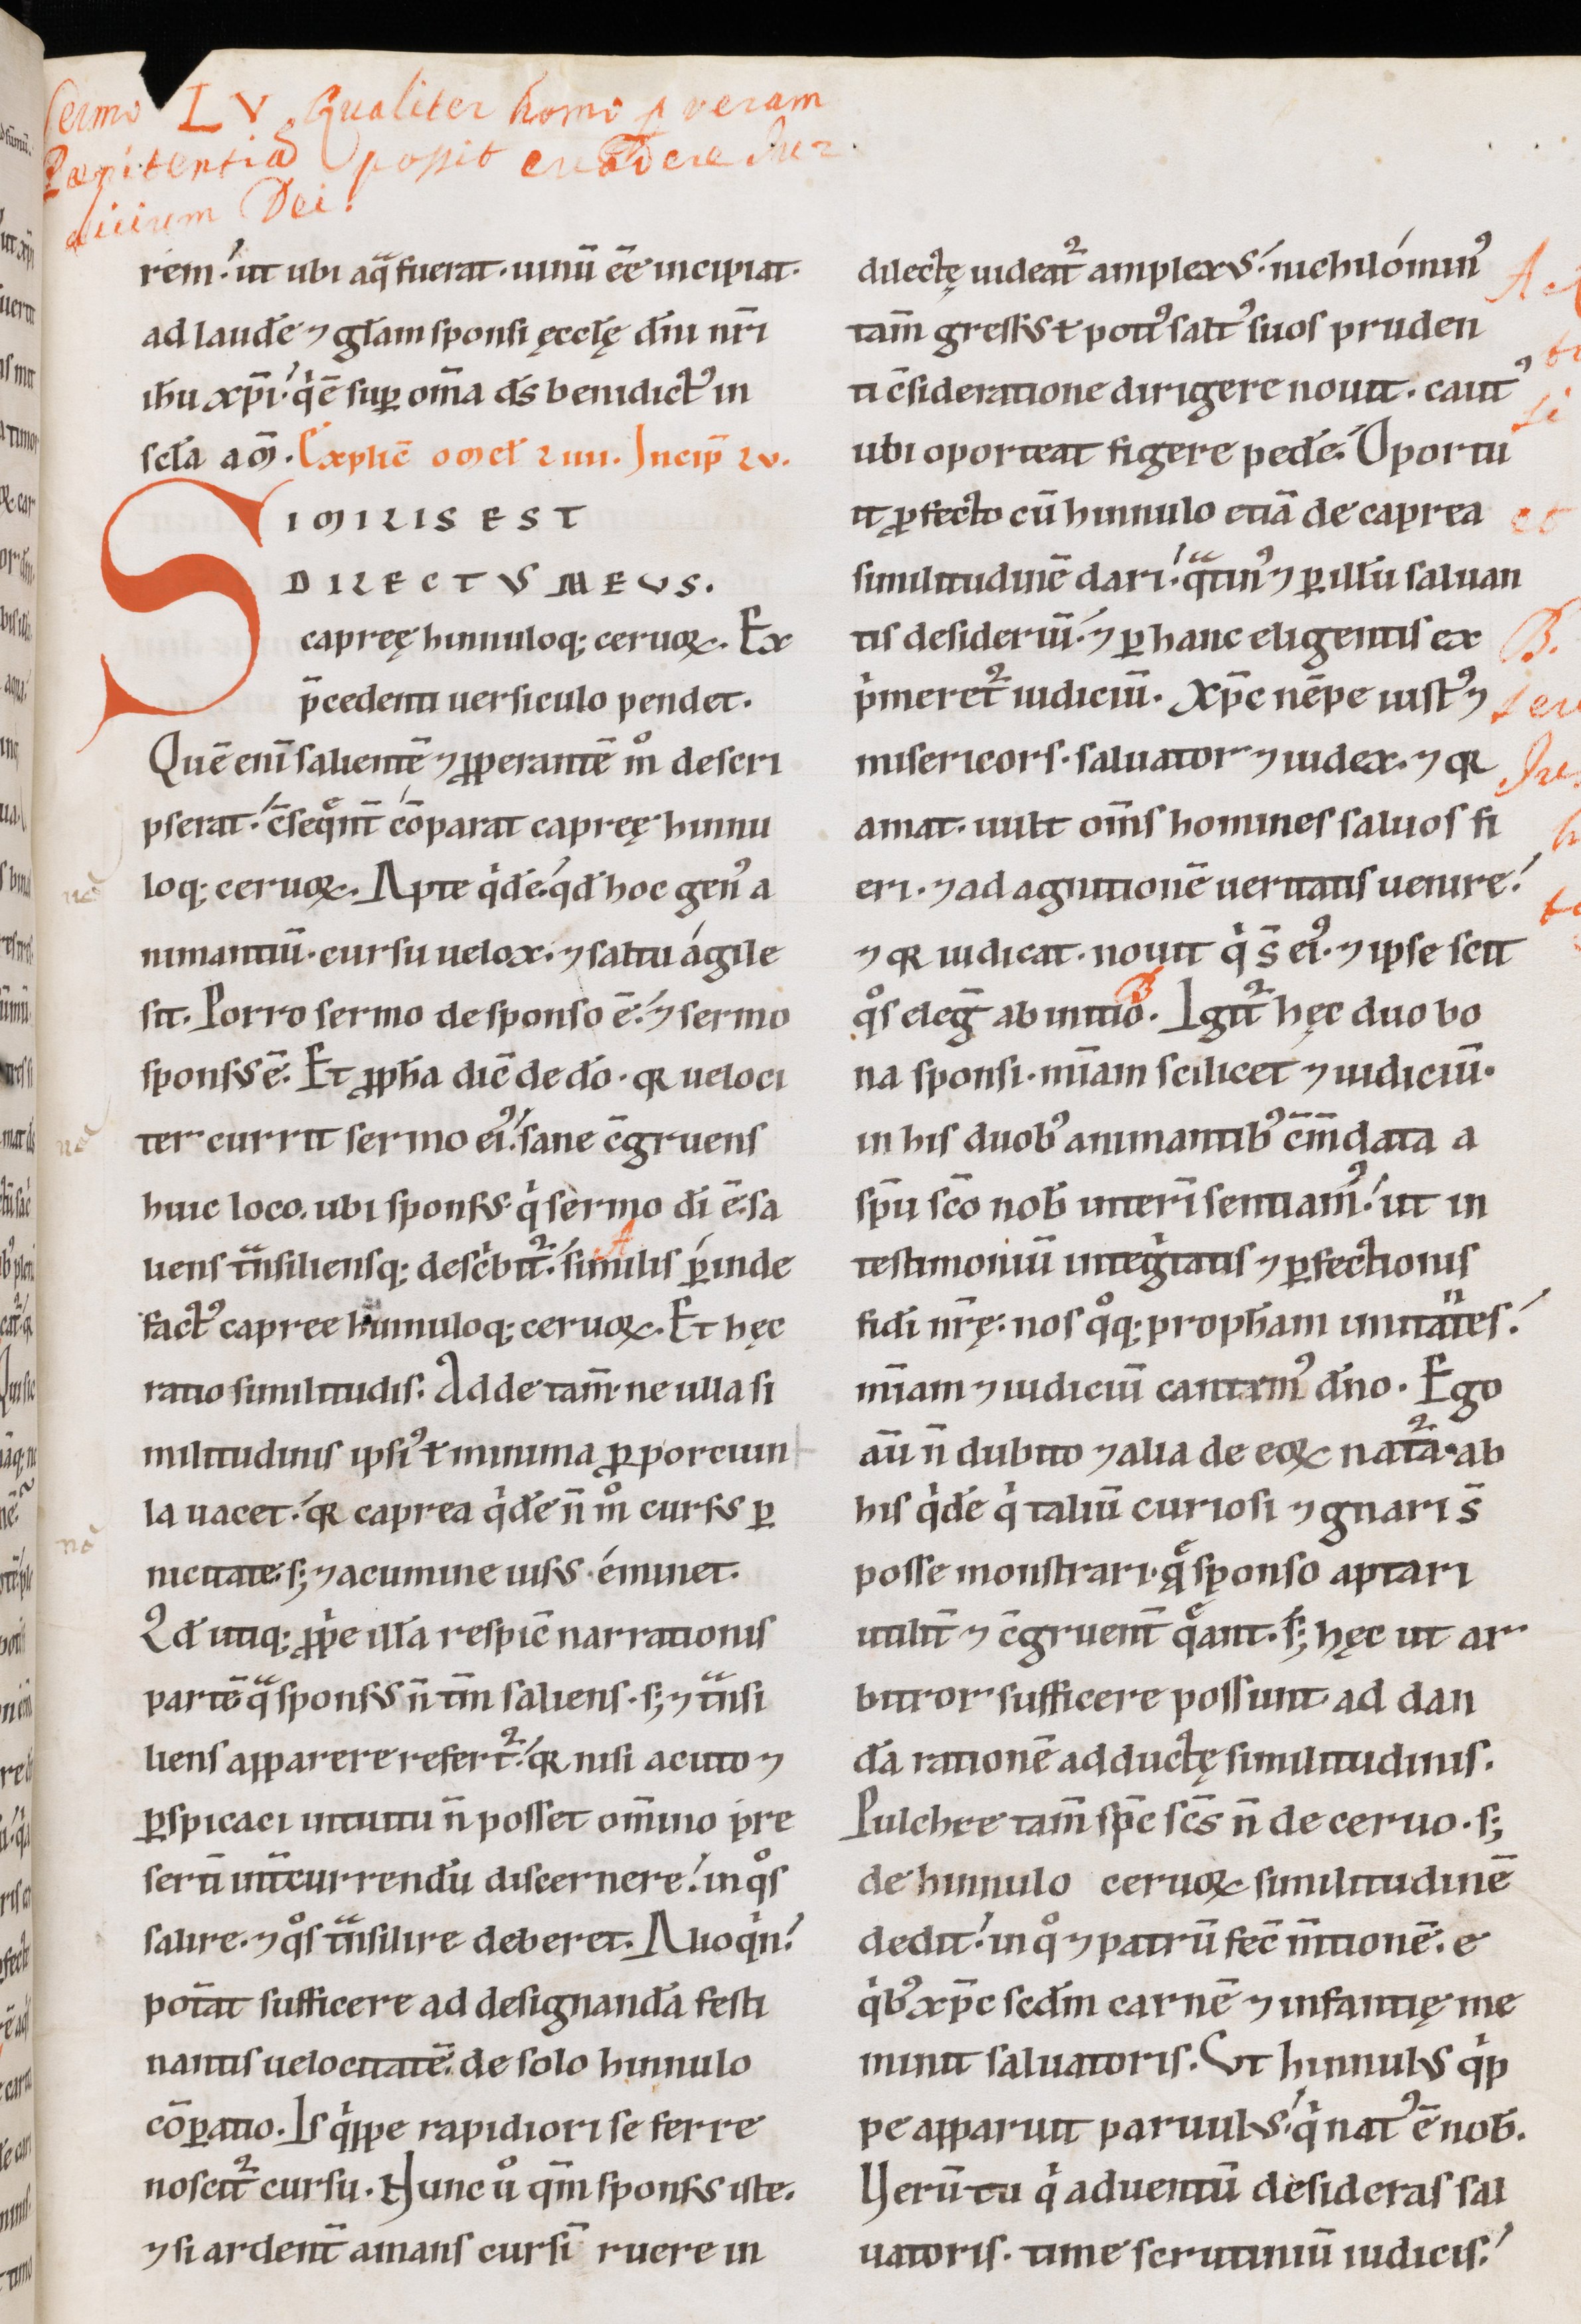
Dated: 1100–1199